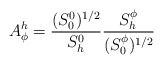
\begin{align*}A_\phi ^h=\frac{(S_0^0)^{1/2}}{S_h^0}\frac{S_h^\phi }{(S_0^\phi )^{1/2}}\end{align*}